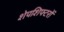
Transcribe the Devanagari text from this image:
शेपशिफ्टरों